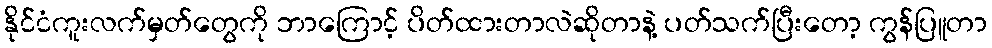
နိုင်ငံကူးလက်မှတ်တွေကို ဘာကြောင့် ပိတ်ထားတာလဲဆိုတာနဲ့ ပတ်သက်ပြီးတော့ ကွန်ပြူတာ